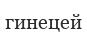
гинецей